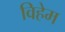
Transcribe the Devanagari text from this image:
विहेम